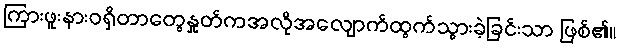
ကြားဖူးနားဝရှိတာတွေနှုတ်ကအလိုအလျောက်ထွက်သွားခဲ့ခြင်းသာ ဖြစ်၏။